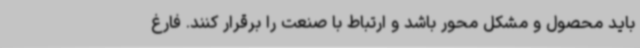
باید محصول و مشکل محور باشد و ارتباط با صنعت را برقرار کنند. فارغ